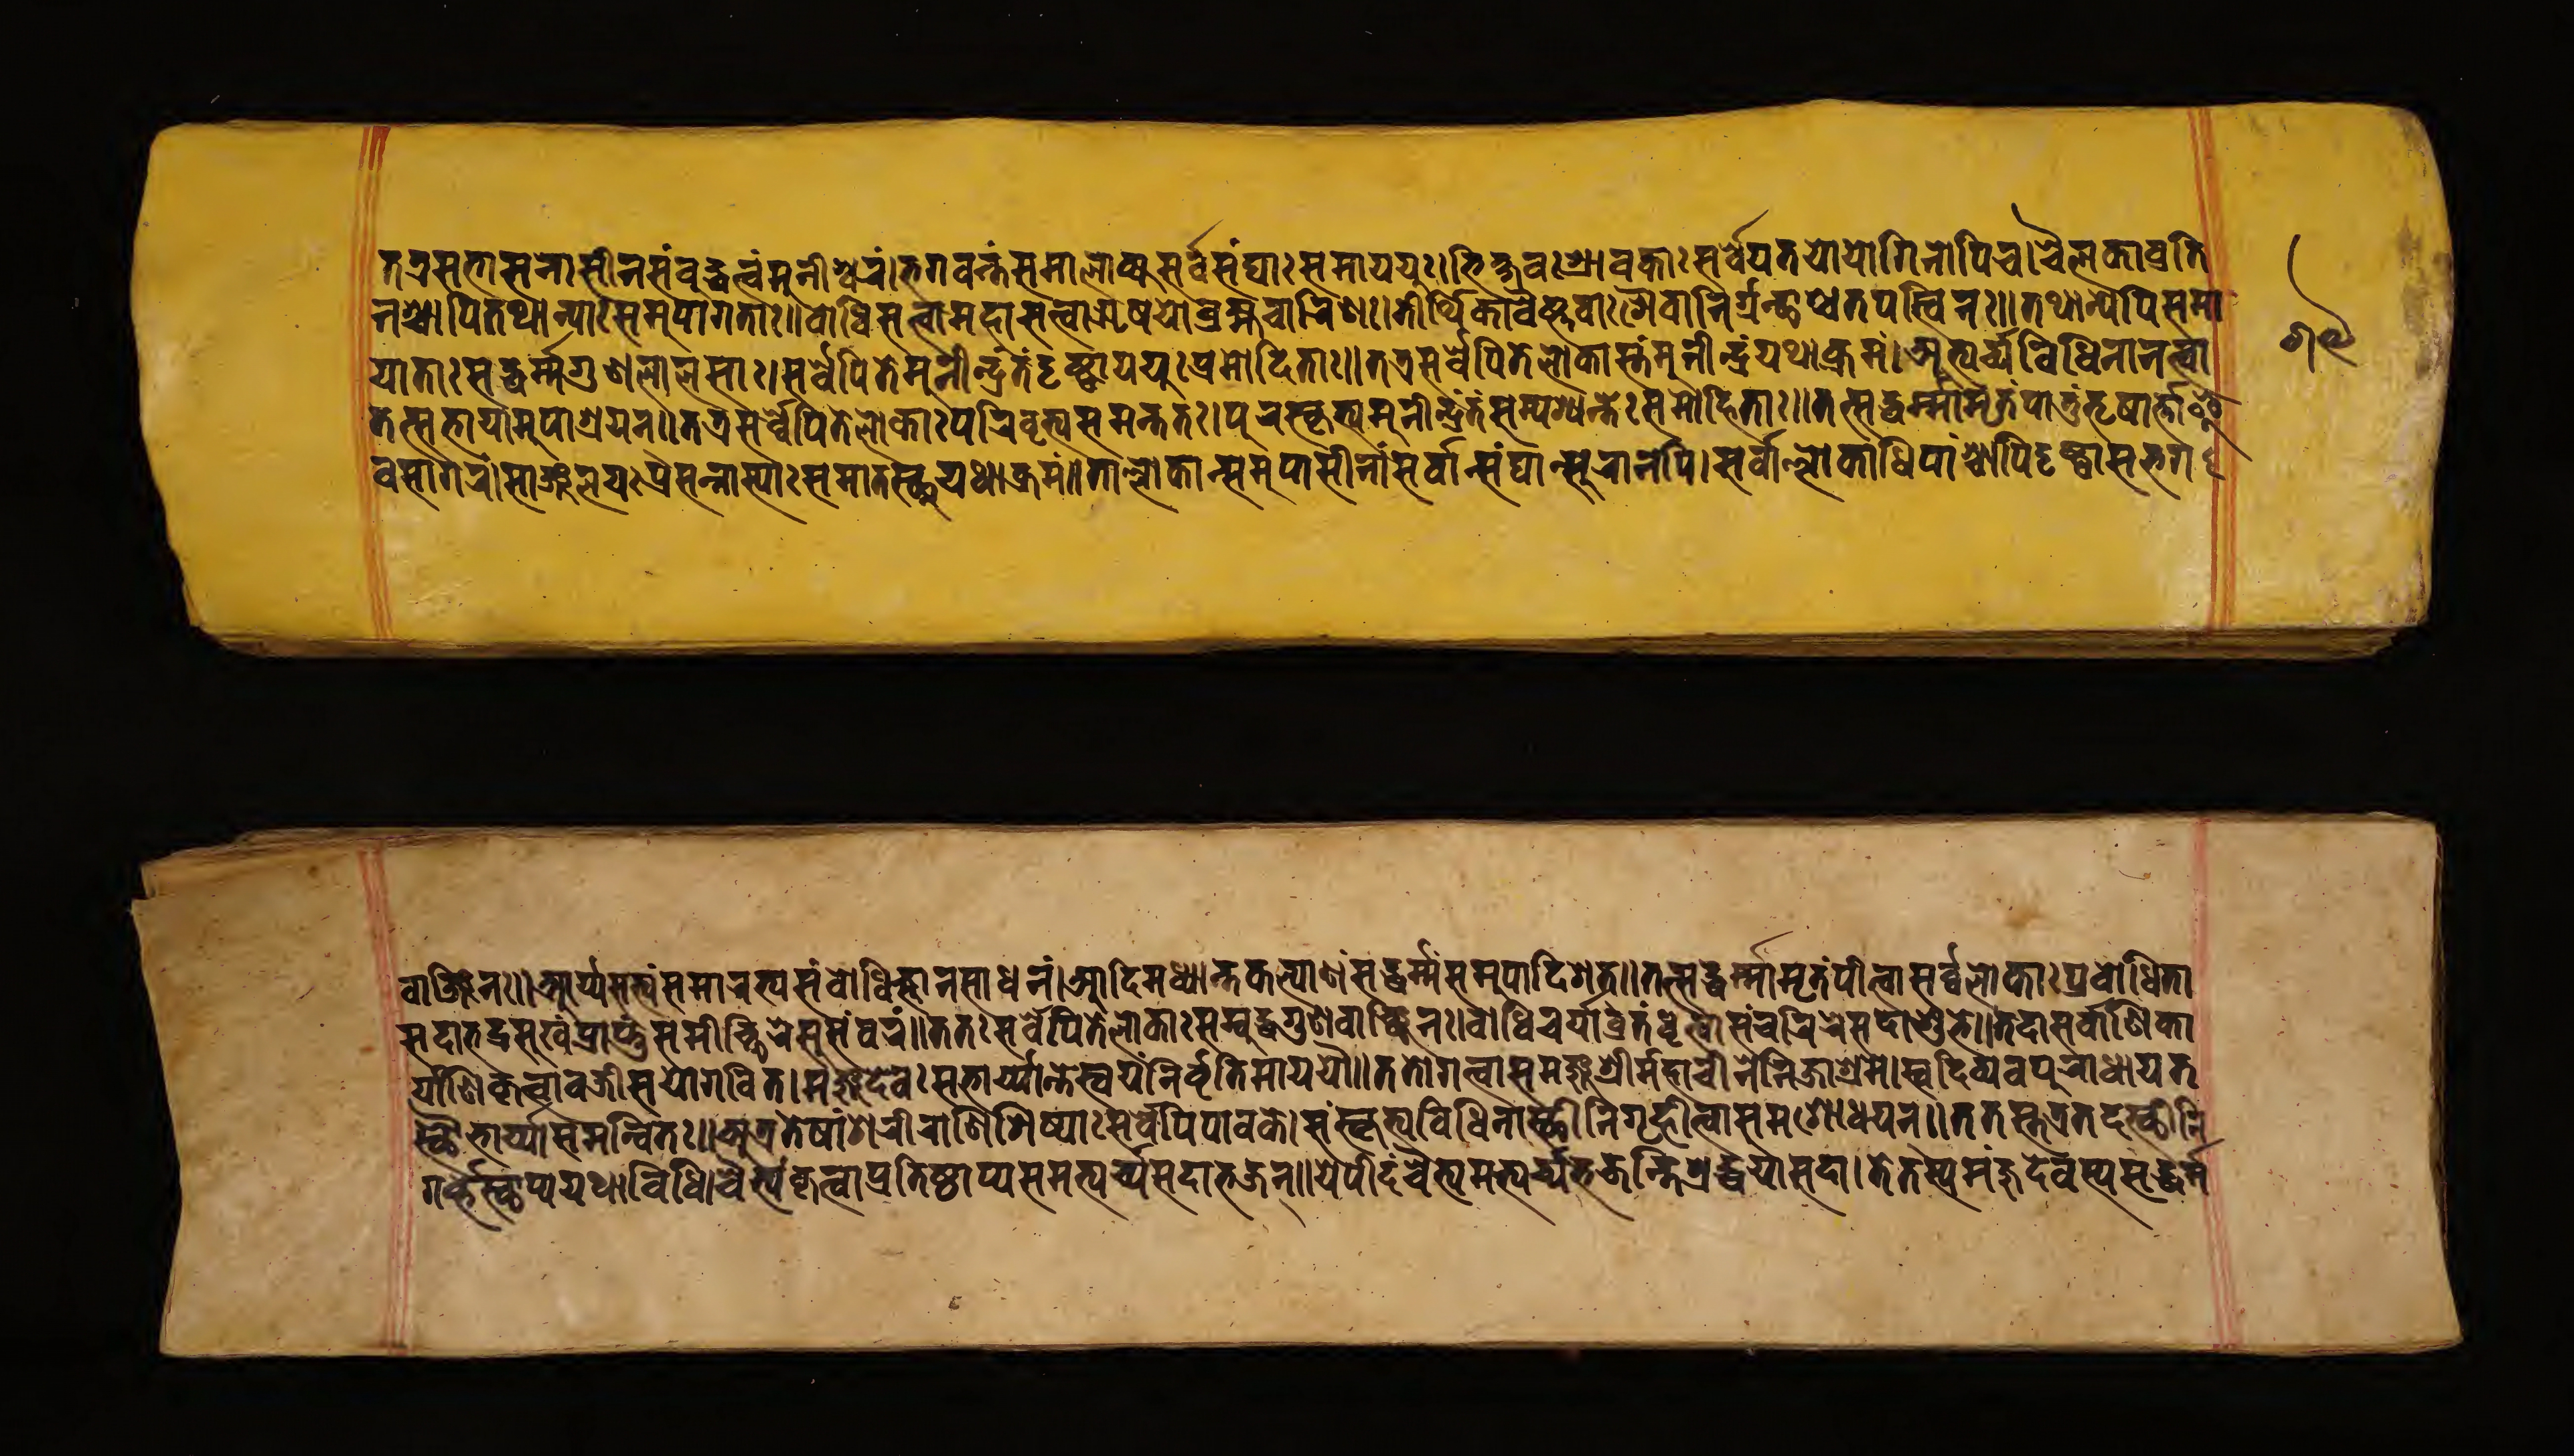
𑐟𑐟𑑂𑐬𑐳𑐨𑐵𑐳𑐣𑐵𑐳𑐷𑐣𑑄𑐳𑑄𑐧𑐸𑐡𑑂𑐢𑐳𑑂𑐟𑑄𑐩𑐸𑐣𑐷𑐱𑑂𑐰𑐬𑑄𑑋𑐨𑐐𑐰𑐣𑑂𑐟𑑄𑐳𑐩𑐵𑐮𑑀𑐎𑑂𑐫𑐳𑐬𑑂𑐰𑐾𑐳𑑄𑐑𑐵𑑅𑐳𑐩𑐵𑐫𑐫𑐸𑑅𑑋𑐨𑐶𑐎𑑂𑐲𑐰𑑅𑐱𑑂𑐬𑐵𑐰𑐎𑐵𑑅𑐳𑐬𑑂𑐰𑐾𑐫𑐟𑐫𑑀𑐫𑑀𑐐𑐶𑐣𑑀𑐥𑐶𑐔𑑋𑐔𑐿𑐮𑐎𑐵𑐰𑑂𑐬𑐟𑐶 𑐣𑐱𑑂𑐔𑐵𑐥𑐶𑐟𑐠𑐵𑐣𑑂𑐫𑐵𑑅𑐳𑐩𑐸𑐥𑐵𑐐𑐟𑐵𑑅𑑌𑐧𑑀𑐢𑐶𑐳𑐟𑑂𑐟𑑂𑐰𑐵𑐩𑐴𑐵𑐳𑐟𑑂𑐟𑑂𑐰𑐵𑐆𑐲𑐫𑑀𑐧𑑂𑐬𑐴𑑂𑐩𑐔𑐵𑐬𑐶𑐞𑑅𑑋𑐟𑐷𑐬𑑂𑐠𑐶𑐎𑐵𑐰𑐿𑐲𑑂𑐞𑐰𑐵𑑅𑐱𑐿𑐰𑐵𑐬𑑂𑐣𑐶𑐬𑑂𑐐𑐣𑑂𑐠𑐵𑐱𑑂𑐔𑐟𑐥𑐳𑑂𑐰𑐶𑐣𑑅𑑌𑐟𑐠𑐵𑐣𑑂𑐫𑐾𑐥𑐶𑐳𑐩𑐵 𑐫𑐵𑐟𑐵𑑅𑐳𑐡𑑂𑐢𑐬𑑂𑐩𑐐𑐸𑐞𑐮𑐵𑐮𑐳𑐵𑑅𑑋𑐳𑐬𑑂𑐰𑐾𑐥𑐶𑐟𑐾𑐩𑐸𑐣𑐷𑐣𑑂𑐡𑑂𑐬𑐳𑑂𑐟𑑄𑐡𑐺𑐲𑑂𑐚𑑂𑐰𑐵𑐫𑐫𑑁𑐥𑑂𑐬𑐩𑑀𑐡𑐶𑐟𑐵𑑅𑑌𑐟𑐟𑑂𑐬𑐳𑐬𑑂𑐰𑐾𑐥𑐶𑐟𑐾𑐮𑑀𑐎𑐵𑐳𑑂𑐟𑑄𑐩𑐸𑐣𑐷𑐣𑑂𑐡𑑂𑐬𑑄𑐫𑐠𑐵𑐎𑑂𑐬𑐩𑑄𑑋𑐀𑐨𑑂𑐫𑐬𑑂𑐔𑑂𑐫𑐰𑐶𑐢𑐶𑐣𑐵𑐣𑐟𑑂𑐰𑐵 𑐟𑐟𑑂𑐳𑐨𑐵𑐫𑐵𑐩𑐸𑐥𑐵𑐱𑑂𑐬𑐫𑐣𑑂𑑌𑐟𑐟𑑂𑐬𑐳𑐬𑑂𑐰𑐾𑐥𑐶𑐟𑐾𑐮𑑀𑐎𑐵𑑅𑐥𑐬𑐶𑐰𑐺𑐟𑑂𑐫𑐳𑐩𑐣𑑂𑐟𑐟𑑅𑑋𑐥𑐸𑐬𑐳𑑂𑐎𑐺𑐟𑑂𑐫𑐩𑐸𑐣𑐷𑐣𑑂𑐡𑑂𑐬𑐣𑑂𑐟𑑄𑐳𑑄𑐥𑐱𑑂𑐫𑐣𑑂𑐟𑑅𑐳𑐩𑐵𑐴𑐶𑐟𑐵𑑅𑑌𑐟𑐟𑑂𑐳𑐡𑑂𑐢𑐬𑑂𑐩𑑂𑐩𑐵𑐩𑐺𑐟𑑄𑐥𑐵𑐟𑐸𑑄𑐟𑐺𑐲𑐵𑐬𑑂𑐟𑑂𑐟𑐵𑐂 𑐰𑐳𑐵𑐐𑐬𑑄𑑋𑐳𑐵𑐘𑑂𑐖𑐮𑐫𑑅𑐥𑑂𑐬𑐳𑐣𑑂𑐣𑐵𑐳𑑂𑐫𑐵𑑅𑐳𑐩𑐵𑐟𑐳𑑂𑐠𑐸𑐫𑐠𑐵𑐎𑑂𑐬𑐩𑑄𑑌𑐟𑐵𑑄𑐮𑑀𑐎𑐵𑐣𑑂𑐳𑐩𑐸𑐥𑐵𑐳𑐷𑐣𑐵𑐣𑑂𑐳𑐬𑑂𑐰𑐵𑐣𑑂𑐳𑐑𑐵𑐣𑑂𑐳𑐸𑐬𑐵𑐣𑐥𑐶𑑋𑐳𑐬𑑂𑐰𑐵𑐮𑑂𑐮𑑀𑐎𑐵𑐢𑐶𑐥𑐵𑑄𑐱𑑂𑐔𑐵𑐥𑐶𑐡𑐺𑐲𑑂𑐚𑑂𑐰𑐵𑐳𑐨𑐐 𑐰𑐵𑐘𑑂𑐖𑐶𑐣𑑅𑑌𑐁𑐬𑑂𑐫𑐳𑐟𑑂𑐫𑑄𑐳𑐩𑐵𑐬𑐨𑑂𑐫𑐳𑑄𑐧𑑀𑐢𑐶𑐖𑑂𑐘𑐵𑐣𑐳𑐵𑐢𑐣𑑄𑑋𑐁𑐡𑐶𑐩𑐢𑑂𑐫𑐵𑐣𑑂𑐟𑐎𑐮𑑂𑐫𑐵𑐞𑑄𑐳𑐡𑑂𑐢𑐬𑑂𑐩𑑂𑐩𑐳𑐩𑐸𑐥𑐵𑐡𑐶𑐱𑐟𑑂𑑌𑐟𑐟𑑂𑐳𑐡𑑂𑐢𑐬𑑂𑐩𑑂𑐩𑐵𑐩𑐺𑐟𑑄𑐥𑐷𑐟𑑂𑐰𑐵𑐳𑐬𑑂𑐰𑐾𑐮𑑀𑐎𑐵𑑅𑐥𑑂𑐬𑐰𑑀𑐢𑐶𑐟𑐵 𑐳𑐡𑐵𑐨𑐡𑑂𑐬𑐳𑐸𑐏𑑄𑐥𑑂𑐬𑐵𑐥𑑂𑐣𑐸𑐳𑐩𑐷𑐔𑑂𑐕𑐶𑐬𑐾𑐳𑐸𑐳𑑄𑐰𑐬𑑄𑑌𑐟𑐟𑑅𑐳𑐬𑑂𑐰𑐾𑐥𑐶𑐟𑐾𑐮𑑀𑐎𑐵𑑅𑐳𑑄𑐧𑐸𑐡𑑂𑐢𑐐𑐸𑐞𑐰𑐵𑐘𑑂𑐕𑐶𑐣𑑅𑑋𑐧𑑀𑐢𑐶𑐔𑐬𑑂𑐫𑐵𑐰𑑂𑐬𑐟𑑄𑐢𑐺𑐟𑑂𑐰𑐵𑐳𑑄𑐔𑐬𑐶𑐬𑐾𑐳𑐡𑐵𑐱𑐸𑐨𑐾𑑌𑐟𑐡𑐵𑐳𑐬𑑂𑐰𑐵𑐞𑐶𑐎𑐵 𑐬𑑂𑐫𑐵𑐞𑐶𑐎𑐺𑐟𑑂𑐰𑐵𑐰𑐖𑑂𑐬𑐷𑐳𑐫𑑀𑐐𑐰𑐶𑐟𑑂𑑋𑐩𑐘𑑂𑐖𑐸𑐡𑐾𑐰𑑅𑐳𑐨𑐵𑐬𑑂𑐫𑐵𑐣𑑂𑐟𑐾𑐳𑑂𑐰𑐫𑑄𑐣𑐶𑐬𑑂𑐰𑐺𑐟𑐶𑐩𑐵𑐫𑐫𑑁𑑌𑐟𑐟𑑀𑐐𑐟𑑂𑐰𑐵𑐩𑐴𑐵𑐔𑐷𑐣𑐾𑐳𑐩𑐘𑑂𑐖𑐸𑐱𑑂𑐬𑐷𑐖𑐶𑐣𑐵𑐱𑑂𑐬𑐩𑐾𑑋𑐳𑑂𑐰𑐡𑐶𑐰𑑂𑐫𑐰𑐥𑐸𑐬𑐵𑐢𑐵𑐫𑐟 𑐳𑑂𑐠𑑁𑐨𑐵𑐬𑑂𑐫𑐵𑐳𑐩𑐣𑑂𑐰𑐶𑐟𑑅𑑌𑐀𑐟𑑂𑐬𑐟𑐾𑐲𑐵𑑄𑐱𑐬𑐷𑐬𑐵𑐞𑐶𑐱𑐶𑐲𑑂𑐫𑐵𑑅𑐳𑐬𑑂𑐰𑐾𑐥𑐶𑐥𑐵𑐰𑐎𑐾𑑋𑐳𑑄𑐳𑑂𑐎𑐺𑐟𑑂𑐫𑐰𑐶𑐢𑐶𑐣𑐵𑐳𑑂𑐠𑐷𑐣𑐶𑐐𑐺𑐴𑐶𑐟𑑂𑐰𑐵𑐳𑐩𑐱𑑀𑐢𑐫𑐣𑑂𑑌𑐟𑐟𑐳𑑂𑐟𑐾𑐟𑑂𑐬𑐟𑐡𑐳𑑂𑐠𑐷𑐣𑐶 𑐐𑐬𑑂𑐰𑑂𑐫𑐳𑑂𑐠𑐵𑐥𑑂𑐫𑐫𑐠𑐵𑐰𑐶𑐢𑐶𑑋𑐔𑐿𑐟𑑂𑐫𑑄𑐎𑐺𑐟𑑂𑐰𑐵𑐥𑑂𑐬𑐟𑐶𑐳𑑂𑐠𑐵𑐥𑑂𑐫𑐳𑐩𑐨𑑂𑐫𑐬𑑂𑐔𑑂𑐫𑐳𑐡𑐵𑐨𑐖𑐣𑑂𑑌𑐫𑐾𑐫𑐷𑐡𑑄𑐔𑐿𑐟𑑂𑐫𑐩𑐨𑑂𑐫𑐬𑑂𑐔𑑂𑐫𑐨𑐖𑐣𑑂𑐟𑐶𑐱𑑂𑐬𑐡𑑂𑐢𑐫𑐵𑐳𑐡𑐵𑑋𑐟𑐾𑐟𑐳𑑂𑐫𑐩𑐘𑑂𑐖𑐸𑐡𑐾𑐰𑐳𑑂𑐫𑐳𑐡𑑂𑐢𑐬𑑂𑐩𑑂𑐩 𑑖𑑙